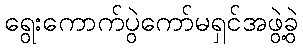
ရွေးကောက်ပွဲကော်မရှင်အဖွဲ့ခွဲ